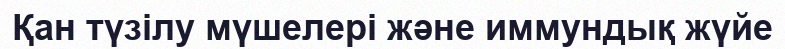
Қан түзілу мүшелері және иммундық жүйе